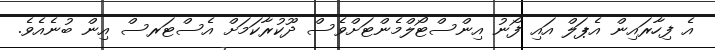
އެ ފިހާރައިން އެޕަލް އައި ފޯނު އިންސްޓޯލްމެންޓަށްވެސް ދޫކުރާކަމަށް އެސްޓަރސް އިން ބުނެއެވެ.